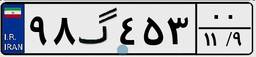
۰۹گ۸۴۸۴۵